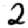
Digit: 2